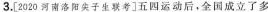
3.[2020河南阳尖子生联考]五四运动后，全国成立了多